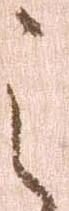
之